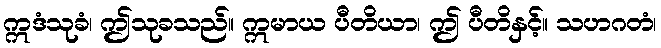
ဣဒံသုခံ၊ ဤသုခသည်။ ဣမာယ ပီတိယာ၊ ဤ ပီတိနှင့်။ သဟဂတံ၊